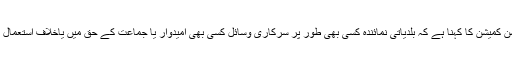
ترجمان الیکشن کمیشن کا کہنا ہے کہ بلدیاتی نمائندہ کسی بھی طور پر سرکاری وسائل کسی بھی امیدوار یا جماعت کے حق میں یاخلاف استعمال نہیں کرسکتا۔